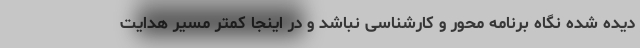
دیده شده نگاه برنامه محور و کارشناسی نباشد و در اینجا کمتر مسیر هدایت